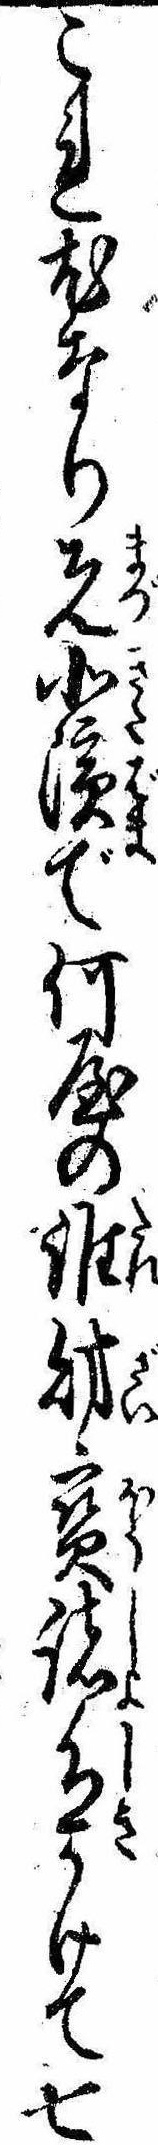
これ尤なり先北浜で何屋の誰財宝諸色かけて七